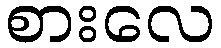
စားလေ